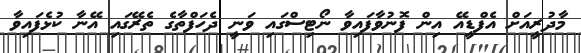
މާދުރީއަށް އެފްޑީއޭ އިން ފޮނުވާފައިވާ ނޯޓިސްގައި ވަނީ ދެހަފްތާގެ ތެރޭގައި އޭނާ ކުޅެފައިވާ